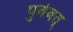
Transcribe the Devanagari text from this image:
पुर्ववत्